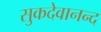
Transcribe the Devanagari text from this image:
सुकदेवानन्द